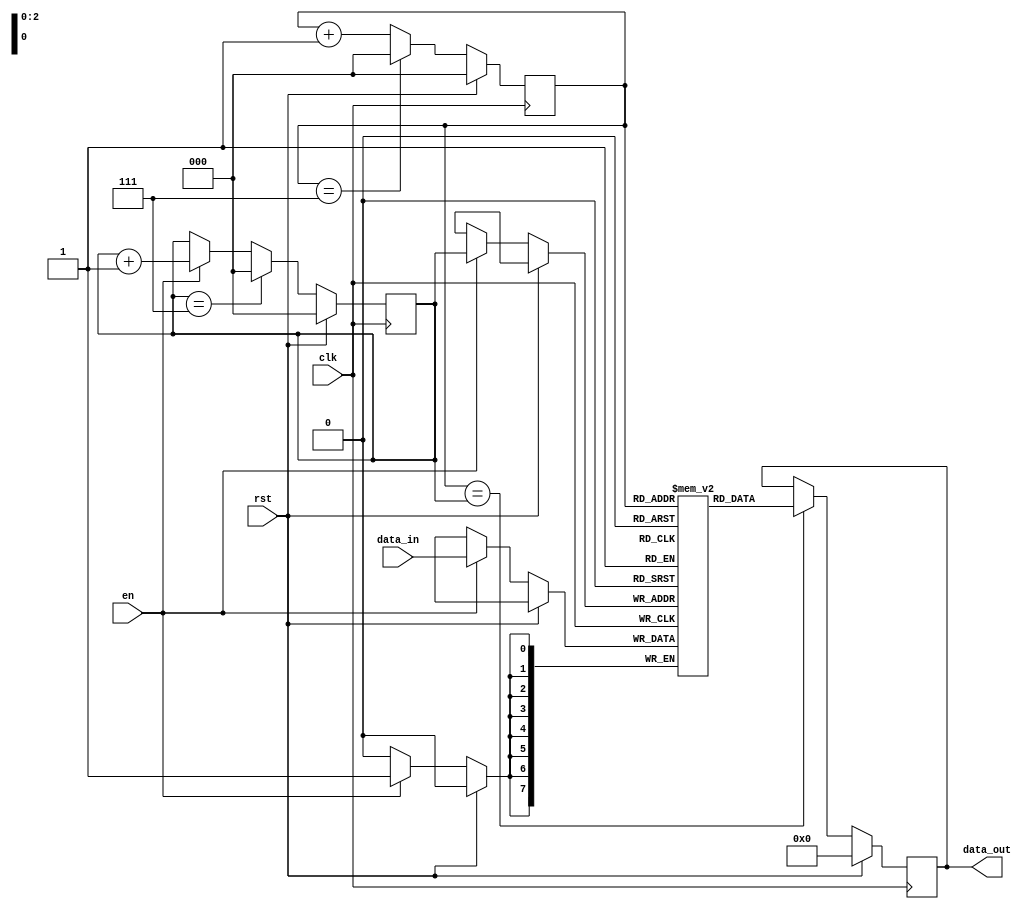
module FirstWordFIFObuffer(
    input wire clk,             // Clock signal
    input wire rst,             // Reset signal
    input wire en,              // Enable signal
    input wire[7:0] data_in,    // Input data
    output reg[7:0] data_out    // Output data
);

reg[7:0] buffer[7:0];       // FIFO buffer
reg[2:0] write_ptr;         // Write pointer
reg[2:0] read_ptr;          // Read pointer

always @(posedge clk) begin
    if (rst) begin
        write_ptr <= 3'b000;
        read_ptr <= 3'b000;
        data_out <= 8'b0;
    end else begin
        if (en) begin
            buffer[write_ptr] <= data_in;
            write_ptr <= write_ptr + 1;
        end
        
        if (write_ptr == 3'b111) write_ptr <= 3'b000;
        
        if (read_ptr == write_ptr) data_out <= buffer[read_ptr];
        read_ptr <= read_ptr + 1;
        
        if (read_ptr == 3'b111) read_ptr <= 3'b000;
    end
end

endmodule